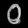
Digit: ၀